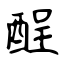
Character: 酲